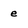
Character: e